Indian journal of veterinary science and animal husbandry - Volume 4,
Year: 1934
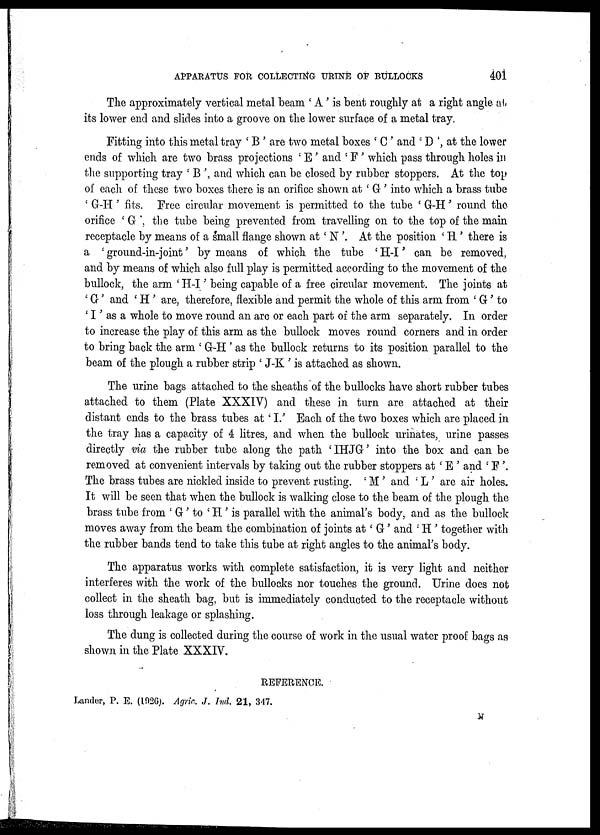
APPARATUS FOR COLLECTING URINE OF BULLOCKS
401
The approximately vertical metal beam 'A' is bent roughly at a right angle at,
its lower end and slides into a groove on the lower surface of a metal tray
Fitting into this metal tray ' B ' are two metal boxes ' C ' and ' D ', at the lower
ends of which are two brass projections ' E' and ' F ' which pass through holes in
the supporting tray ' B ', and which can be closed by rubber stoppers. At the top
of each of these two boxes there is an orifice shown at ' G' into which a brass tube
' G-H ' fits. Free circular movement is permitted to the tube 'G-H' round the
orifice ' G the tube being prevented from travelling on to the top of the main
receptacle by means of a small flange shown at' N '. At the position 'H' there is
a ' ground-in-joint' by means of which the tube ' H-I ' can be removed,
and by means of which also full play is permitted according to the movement of the
bullock, the arm 'H-I' being capable of a free circular movement. The joints at
' G' and ' H ' are, therefore, flexible and permit the whole of this arm from ' G' to
'I' as a whole to move round an are or each part of the arm separately. In order
to increase the play of this arm as the bullock moves round corners and in order
to bring back the arm ' G-H ' as the bullock returns to its position parallel to the
beam of the plough a rubber strip ' J-K ' is attached as shown.
The urine bags attached to the sheaths of the bullocks have short rubber tubes
attached to them (Plate XXXIV) and these in turn are attached at their
distant ends to the brass tubes at' I.' Each of the two boxes which are placed in
the tray has a capacity of 4 litres, and when the bullock urinates, urine passes
directly via the rubber tube along the path 'IHJG' into the box and can be
removed at convenient intervals by taking out the rubber stoppers at ' E ' and ' F '.
The brass tubes are nickled inside to prevent rusting. ' M ' and ' L ' are air holes.
It will be seen that when the bullock is walking close to the beam of the plough the
brass tube from ' G' to ' H' is parallel with the animal's body, and as the bullock
moves away from the beam the combination of joints at' G' and ' H ' together with
the rubber bands tend to take this tube at right angles to the animal's body.
The apparatus works with complete satisfaction, it is very light and neither
interferes with the work of the bullocks nor touches the ground. Urine does not
collect in the sheath bag, but is immediately conducted to the receptacle without
loss through leakage or splashing.
The dung is collected during the course of work in the usual water proof bags as
shown in the Plate XXXIV.
REFERENCE.
Lander, P. E. (1926). Agric. J. Ind. 21, 347.
N